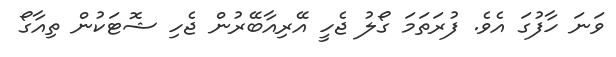
ވަނަ ހާފުގަ އެވެ. ފުރަތަމަ ގޯލު ޖެހީ އޭރިއާބޭރުން ޖެހި ޝޮޓަކުން ތިއާގޯ